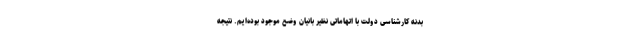
بدنه کارشناسی دولت با اتهاماتی نظیر بانیان وضع موجود بوده‌ایم. نتیجه